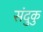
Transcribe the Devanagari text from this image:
संदुकु